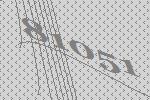
81051